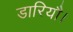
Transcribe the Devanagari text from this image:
डारियौ।